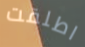
اطلقت